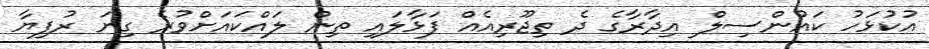
އުކުޅަހު ކައުންސިލް އިދާރާގެ ދެ ތިޖޫރިއެއް ފަޅާލައި ތިން ލައްކައަށްވުރެ ގިނަ ރުފިޔާ